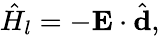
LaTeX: \hat{H}_{l}=-\textbf{E}\cdot\hat{\textbf{d}},